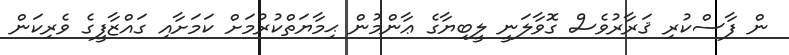
ން ފާސްކުރި ޤަރާރުވެސް ގޮވާލަނީ ލީބިޔާގެ ޢާންމުން ޙިމާޔަތްކުރުމަށް ކަމަށާއި ގައްޒާފީގެ ވެރިކަން